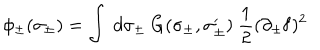
\phi _ { \pm } ( \sigma _ { \pm } ) = \int ~ d \sigma _ { \pm } ~ G ( \sigma _ { \pm } , \sigma _ { \pm } ^ { \prime } ) ~ \frac { 1 } { 2 } ( \partial _ { \pm } { \bf f } ) ^ { 2 }